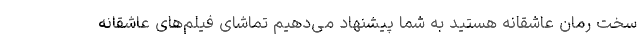
سخت رمان عاشقانه هستید به شما پیشنهاد می‌دهیم تماشای فیلم‌های عاشقانه